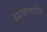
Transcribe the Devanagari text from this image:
ब्रह्मखण्डातील